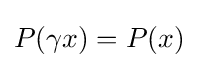
P(\gamma x)=P(x)